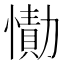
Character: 𰒔